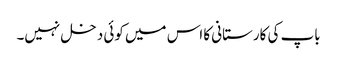
باپ کی کارستانی کا اس میں کوئی دخل نہیں۔